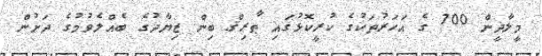
މީލާދީން 700 ގެ އަހަރުތަކުގެ ކުރީކޮޅުގައި ޠާރިޤް ބިން ޒިޔާދުގެ ބެއްލެވުމުގެ ދަށުން